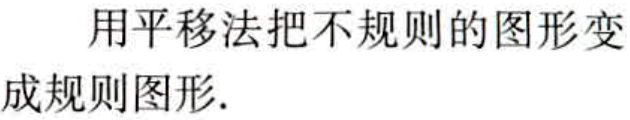
用平移法把不规则的图形变成规则图形.